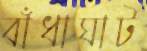
বাঁধাঘাট